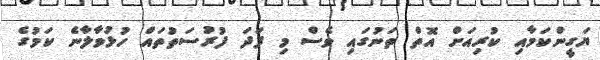
ޔަގީންކަމާއި ކުރިއަށް އޮތް ތަނުގައި ވެސް މި ފަދަ ފުރުސަތުތައް ހުޅުވާލާނެ ކަމުގެ